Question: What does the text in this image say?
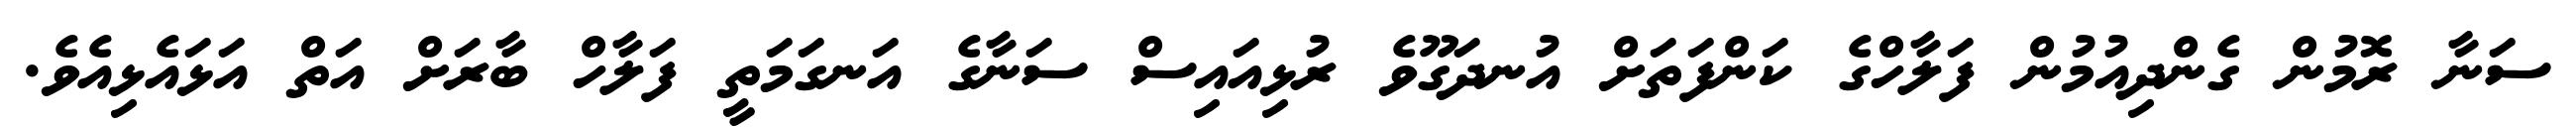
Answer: ސަނާ ރޮމުން ގެންދިއުމުން ފަލާހްގެ ކަންފަތަށް އުނދަގޫވެ ރުޅިއައިސް ސަނާގެ އަނގަމަތީ ފަލާހް ބާރަށް އަތް އަޅައެޅިއެވެ.